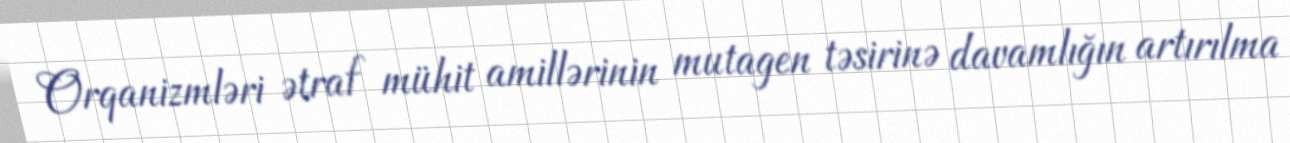
Orqanizmləri ətraf mühit amillərinin mutagen təsirinə davamlığın artırılma